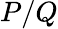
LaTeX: P/Q